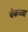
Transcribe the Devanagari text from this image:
चेकच्या